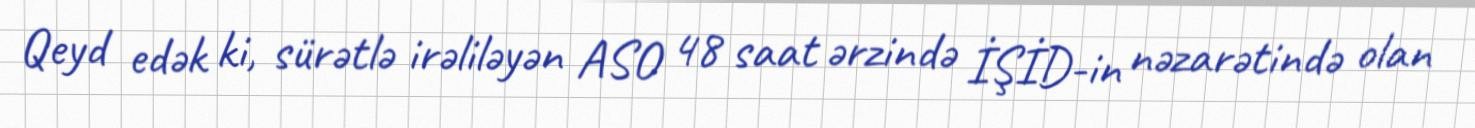
Qeyd edək ki, sürətlə irəliləyən ASO 48 saat ərzində İŞİD-in nəzarətində olan